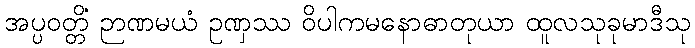
အပ္ပဝတ္တိံ ဉာဏမယံ ဥဏှဿ ဝိပါကမနောဓာတုယာ ထူလသုခုမာဒီသု